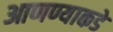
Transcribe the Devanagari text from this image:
आणण्याकडे